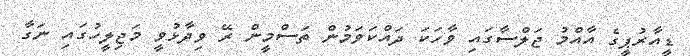
ޑީއާރުޕީގެ އާއްމު ޖަލްސާގައި ވާހަކަ ދައްކަވަމުން ތަސްމީން ރޭ ވިދާޅުވީ މަޖިލީހުގައި ނަގާ